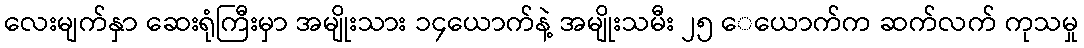
လေးမျက်နှာ ဆေးရုံကြီးမှာ အမျိုးသား ၁၄ယောက်နဲ့ အမျိုးသမီး ၂၅ ေယောက်က ဆက်လက် ကုသမှု